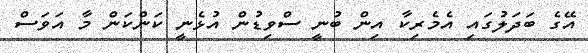
އޭގެ ބަދަލުގައި އެމެރިކާ އިން ބުނީ ސްވިޑުން އުޅެނީ ކަންކަން މާ އަވަސް